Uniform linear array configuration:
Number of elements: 8
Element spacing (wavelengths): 0.75
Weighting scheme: binomial
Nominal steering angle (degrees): -45
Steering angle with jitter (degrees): -43.752
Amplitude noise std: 0.05
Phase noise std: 0.05

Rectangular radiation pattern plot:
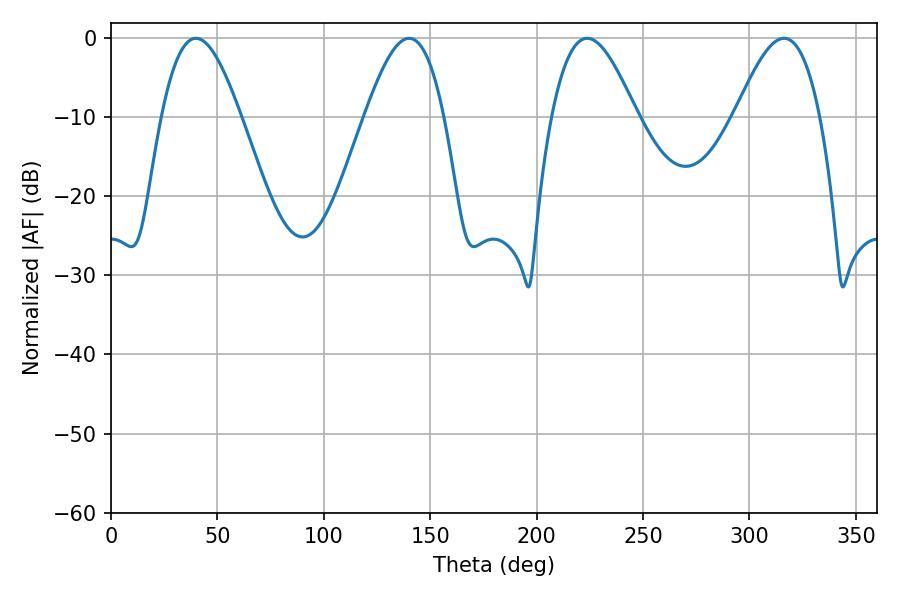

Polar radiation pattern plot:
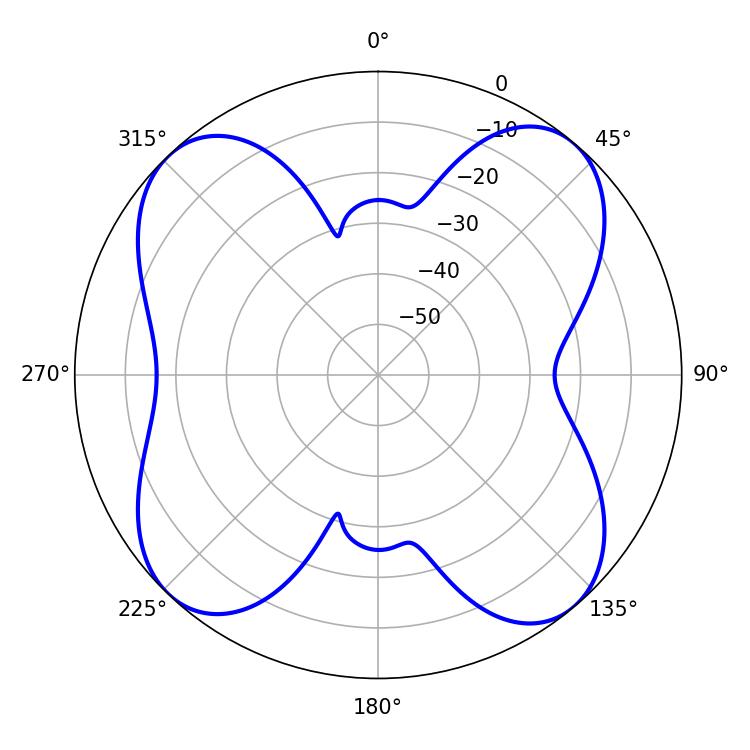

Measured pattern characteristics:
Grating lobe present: TRUE
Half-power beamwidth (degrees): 21.6
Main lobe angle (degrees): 316.26